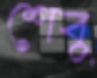
শেবু